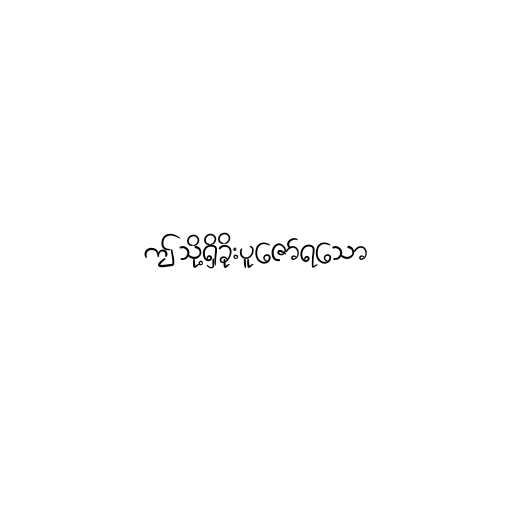
ဤသို့ရှိခိုးပူဇော်ရသော